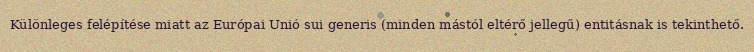
Különleges felépítése miatt az Európai Unió sui generis (minden mástól eltérő jellegű) entitásnak is tekinthető.